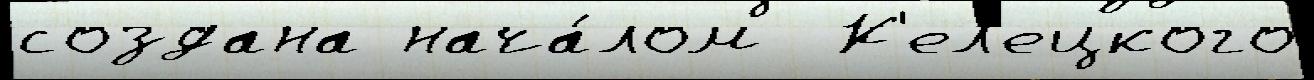
создана нача́лом  К'ел'ецкого